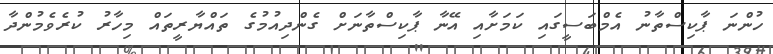
ހުންނަ ޕާކިސްތާނު އެމްބަސީގައި ކަމަށާއި އޭނާ ޕާކިސްތާނަށް ގެންދިއުމުގެ ތައްޔާރީތައް މިހާރު ކުރެވެމުންދާ